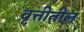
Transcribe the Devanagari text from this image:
वृत्तीतील